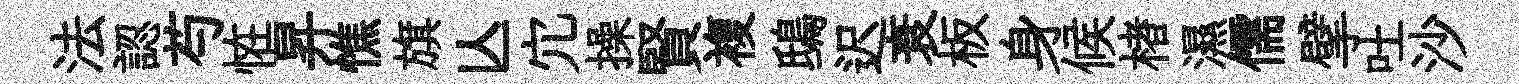
法認芍恠昇憔旗亾宂操賢複鴟迟衰板身候楮濕儒擘吐沙